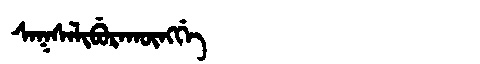
Manchu: ᠰᠠᡴᠰᠠᠯᡳᠪᡠᡵᠠᡴᡡᠩᡤᡝ
Romanization: SAKSALIBURAKŪNGGE